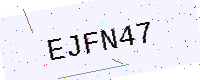
Text: EJFN47